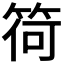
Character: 𥮆